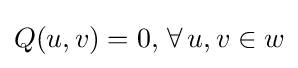
Q(u,v)=0,\,\forall \,u,v\in w